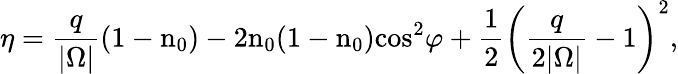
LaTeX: \eta=\frac{q}{|\Omega|}\left(1-\textrm{n}_{0}\right)-2\textrm{n}_{0}(1-\textrm{n}_{0})\textrm{cos}^{2}\varphi+\frac{1}{2}\left(\frac{q}{2|\Omega|}-1\right)^{2}\textrm{,}